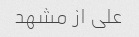
علی از مشهد